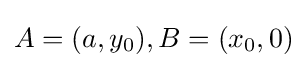
A=(a,y_{0}),B=(x_{0},0)